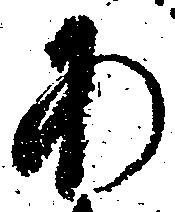
あ